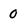
Character: 0